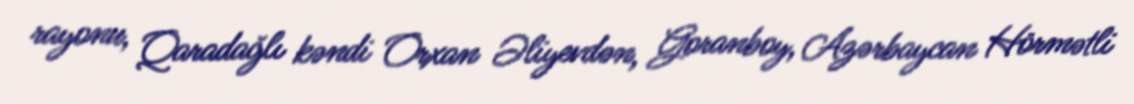
rayonu, Qaradağlı kəndi Orxan Əliyevdən, Goranboy, Azərbaycan Hörmətli